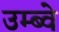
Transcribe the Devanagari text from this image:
उम्ब्वे